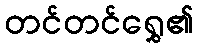
တင်တင်ရွှေ၏